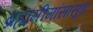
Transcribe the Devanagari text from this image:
ब्रह्ममीमांसासूत्र